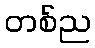
တစ်ည